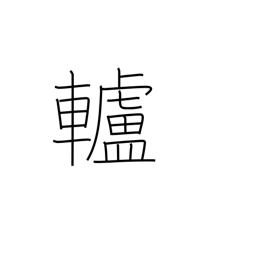
Meaning: pulley